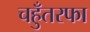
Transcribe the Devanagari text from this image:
चहुँतरफा